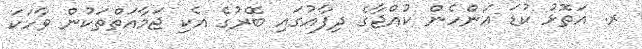
ރ. އަތޮޅު ކުޑަ އަންހެން ކުއްޖާގެ ދިފާއުގައި ބޭރުގެ އެކި ޖަމާއަތްތަކުން ވާހަކަ